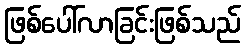
ဖြစ်ပေါ်လာခြင်းဖြစ်သည်